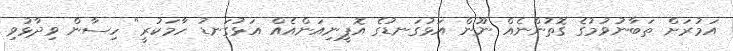
އަމުރަށް ތަބާނުވުމުގެ ގޮތުންނެއް ނޫން އަޅުގަނޑުގެ އޮޕީނިއަންއެއް އަޅުގަނޑު ހާމަކުރީ" ހިސާން ވިދާޅުވި